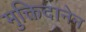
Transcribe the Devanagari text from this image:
मुक्तिदानेन